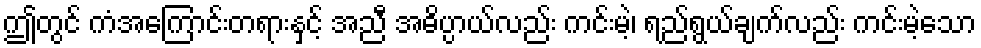
ဤတွင် ကံအကြောင်းတရားနှင့် အညီ အဓိပ္ပာယ်လည်း ကင်းမဲ့၊ ရည်ရွယ်ချက်လည်း ကင်းမဲ့သော